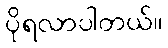
ပိုရလာပါတယ်။